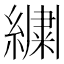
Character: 𬗷